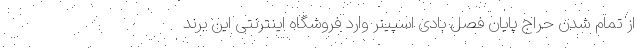
از تمام شدن حراج پایان فصل بادی اسپینر وارد فروشگاه اینترنتی این برند